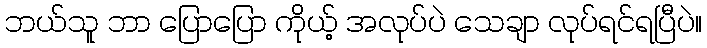
ဘယ်သူ ဘာ ပြောပြော ကိုယ့် အလုပ်ပဲ သေချာ လုပ်ရင်ရပြီပဲ။